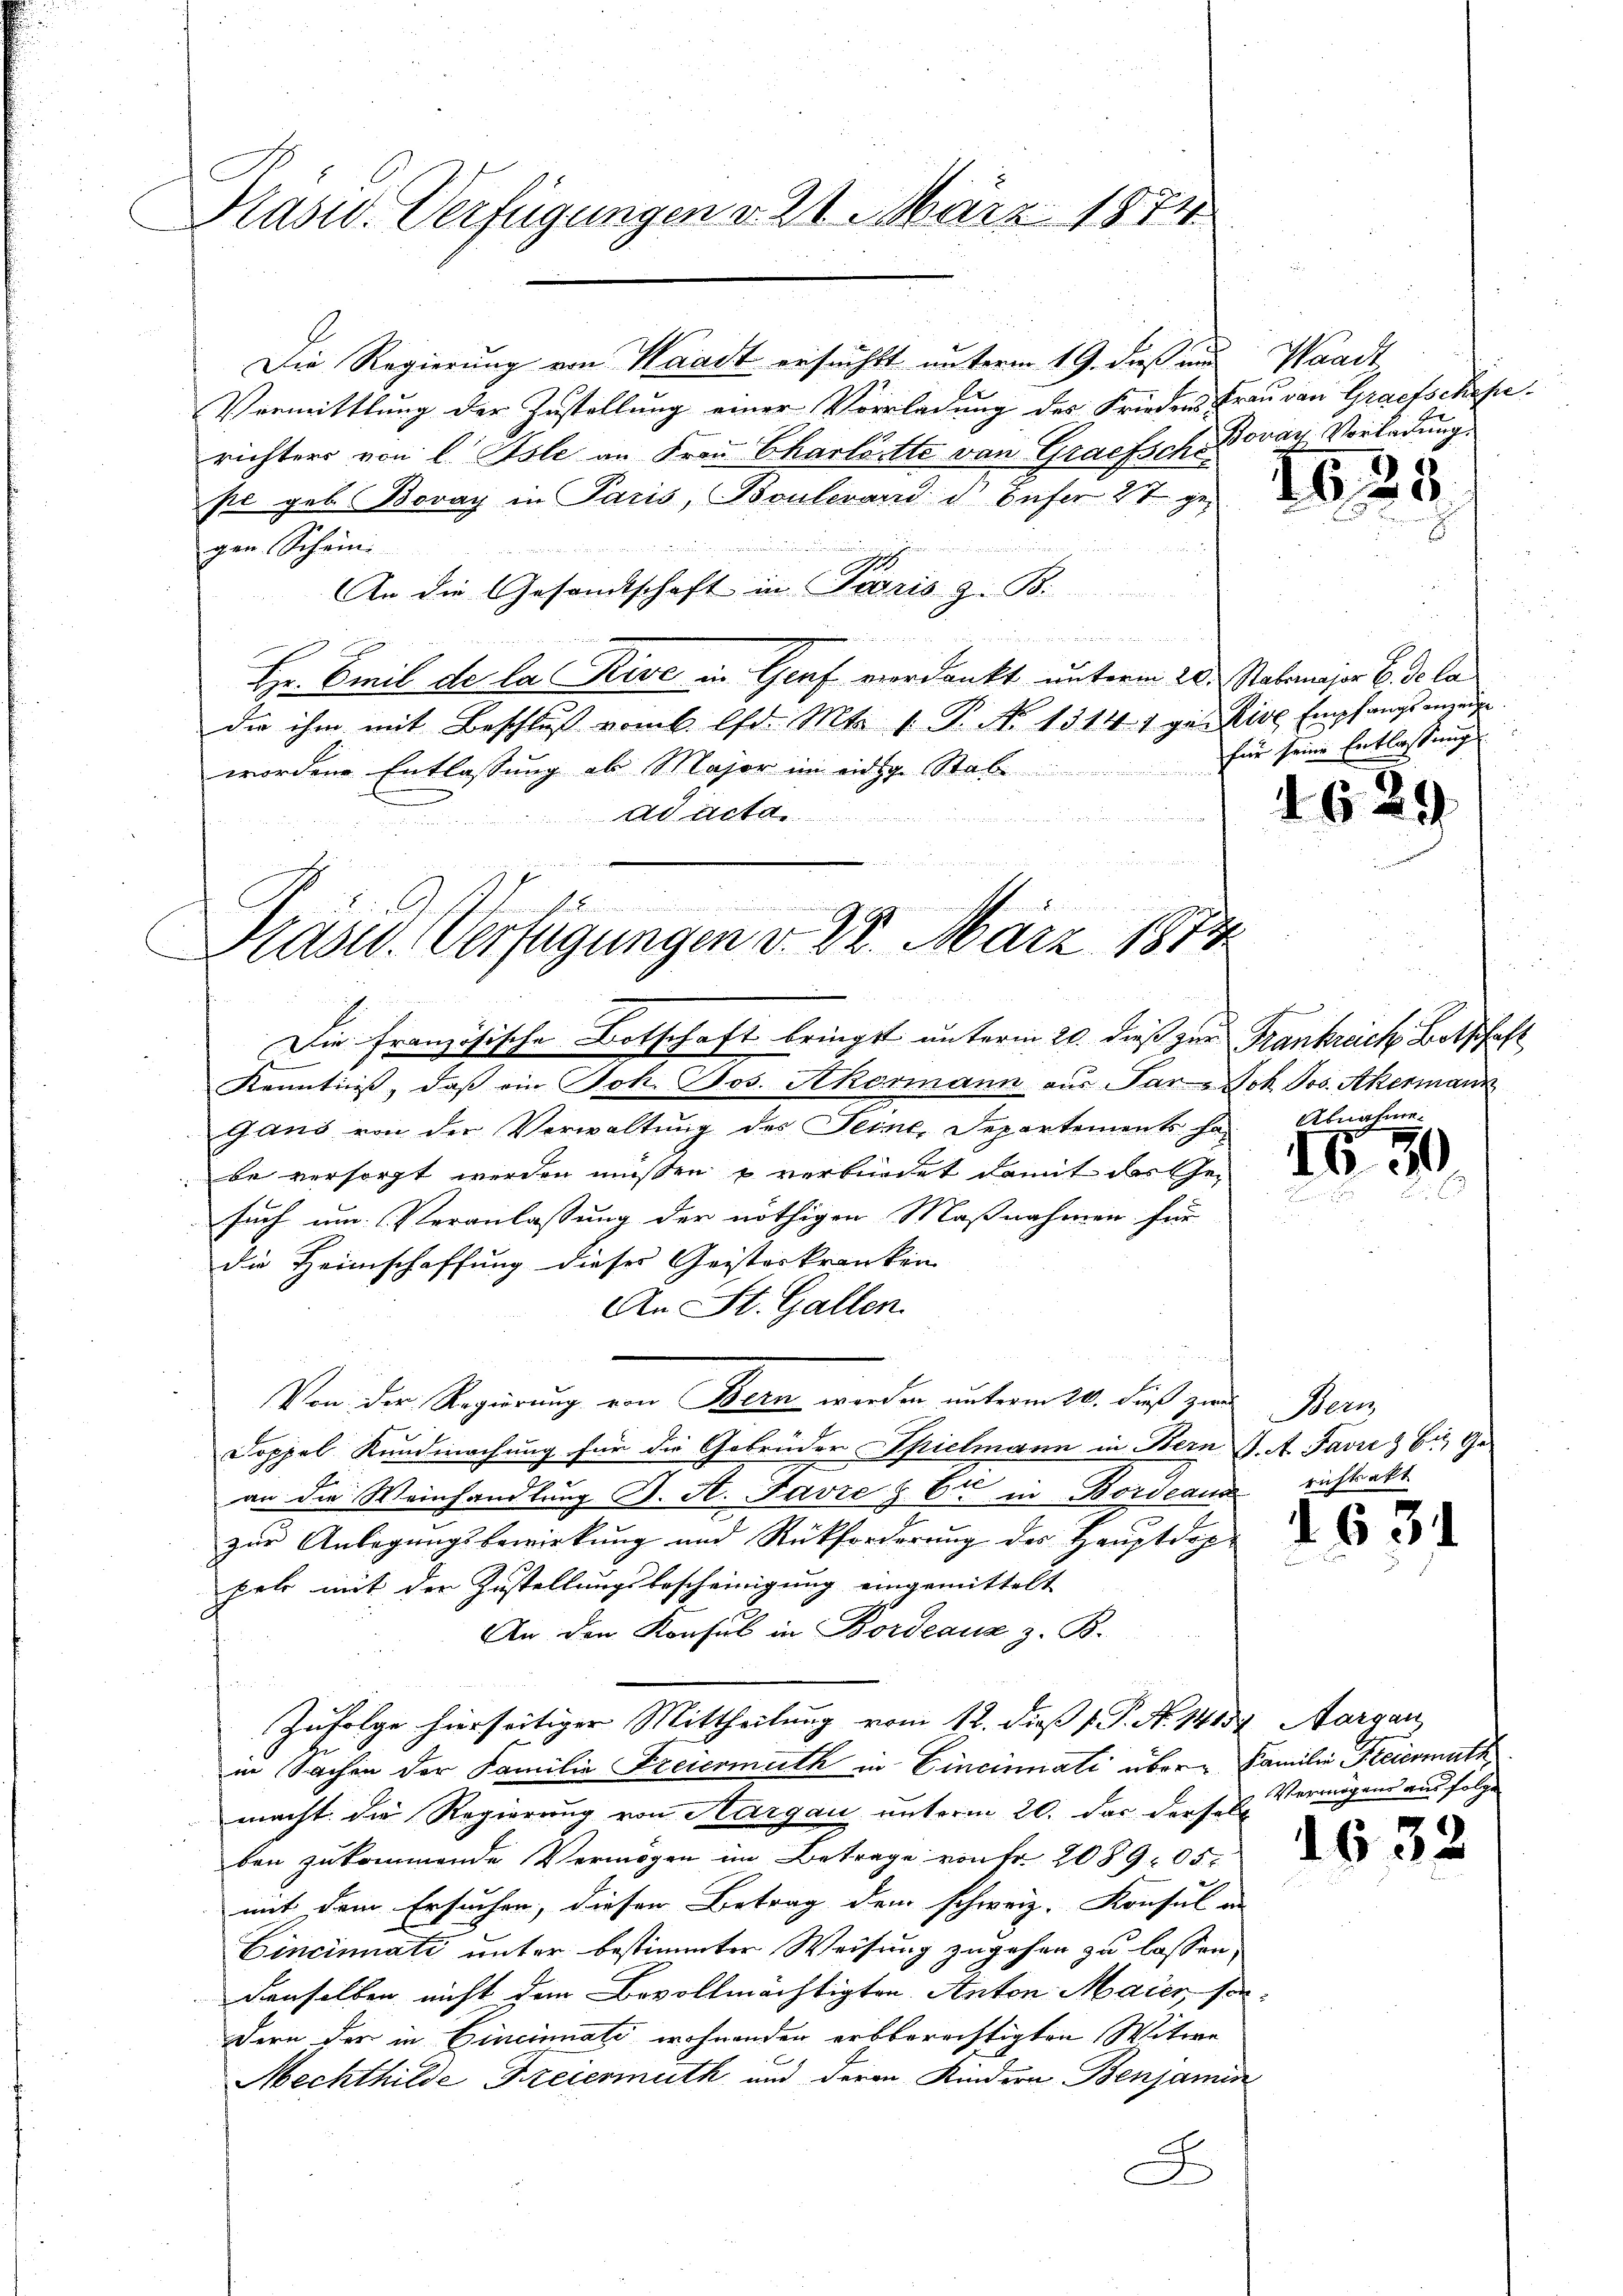
Präsid. Verfügungen d. 21. März 1874

Die Regierung von Waadt ersuchtt unterm 19. dieß und Waadt,
Vermittlung der Zustellung einer Vorladung des Friedens Frau von Grafschafe.
richters von C. Asle an Frau Charlätte von Grafsch Bovan Vorladung.
pe geb. Bovay in Paris, Boulevard d. Zufer 27 gegen Schein.
An die Gesandtschaft in Paris z. B.
n
              2 der eingen die Hander die
Hr. Emil de la Rive in Genf verdankt unterm 20. Robanajor 6. de la
die ihm mit Beschluß vom 6. d. Mts. 1. P. No 1314) gesige Empfangsanzeige
wordene Entlassung ab Major im eidige Stab

ad acta
u

1
be
Hasw. Verfügungen v. 28. März 1874.

Die Französische Botschaft bringst unterm 20. dieß zur Frankreich Botschaft
Kenntniß, daß ein Joh. Jos. Akormann aus Par Joh. Jos. Akermann
Gans von der Verwaltung des Seine, Departements ha-
be versorgt werden müßen u verbundet damit das Gesuch um Veranlassung der nöthigen Maßnahmen für
die Heimschaffung dieses Geisterkranken
An St. Gallen.
Von der Regierung von Bern werden unterm 20. dieß zur Beri
Doppel Kundmachung für die Gebrüder Spielmann in Bern J. A. Favre & bis Ge
e
an die Weinhandlung d. A. Favre z. B. in Bordeaus
zur Anlegungsbewirkung und Rückforderung des Hauptdophel mit der Zustellungsbescheinigung eingemittelt
An den Konsul in Bordeauz z. B.
Zufolge hierseitiger Mittheilung vom 12. dieß P. Nr. 1415 Morgen
in Sachen der Familie Freiermuth in Cincinati über Familie Freiermuth
macht die Regierung von Aargau unterm 20. das derselbe
ben zukommende Vermögen im Betrage von Fr. 208905.
mit dem Ersuchen, diesen Betrag dem schweiz. Konsul an
Cincinati unter bestimmten Weisung zugehen zu lassen,
denselben nicht dem Bevollmächtigten Anton Maier, so
dern der in Cincinati wohnenden erbberechtigten Witwe
Mechthilde Freiermuth und deren Kindern Benjamin
J

1635

für seine Entlassung

.

Abnahme.

1570

richtsakt

d.63.
e

Vermögens aus folge

163